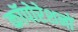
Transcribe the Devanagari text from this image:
कॉपोरेशनों